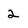
Character: 2